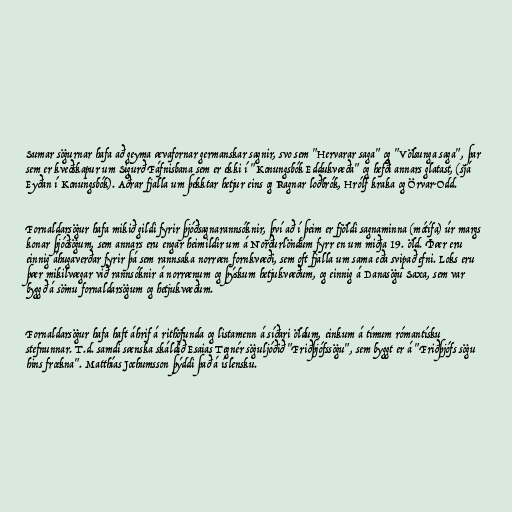
Sumar sögurnar hafa að geyma ævafornar germanskar sagnir, svo sem "Hervarar saga" og "Völsunga saga", þar
sem er kveðskapur um Sigurð Fáfnisbana sem er ekki í "Konungsbók Eddukvæða" og hefði annars glatast, (sjá
Eyðan í Konungsbók). Aðrar fjalla um þekktar hetjur eins og Ragnar loðbrók, Hrólf kraka og Örvar-Odd.

Fornaldarsögur hafa mikið gildi fyrir þjóðsagnarannsóknir, því að í þeim er fjöldi sagnaminna (mótífa) úr margs
konar þjóðsögum, sem annars eru engar heimildir um á Norðurlöndum fyrr en um miðja 19. öld. Þær eru
einnig áhugaverðar fyrir þá sem rannsaka norræn fornkvæði, sem oft fjalla um sama eða svipað efni. Loks eru
þær mikilvægar við rannsóknir á norrænum og þýskum hetjukvæðum, og einnig á Danasögu Saxa, sem var
byggð á sömu fornaldarsögum og hetjukvæðum.

Fornaldarsögur hafa haft áhrif á rithöfunda og listamenn á síðari öldum, einkum á tímum rómantísku
stefnunnar. T.d. samdi sænska skáldið Esaias Tegnér söguljóðið "Friðþjófssögu", sem byggt er á "Friðþjófs sögu
hins frœkna". Matthías Jochumsson þýddi það á íslensku.